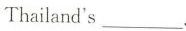
Thailand”s___